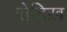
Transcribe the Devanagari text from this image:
सेदिख़